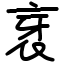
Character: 衺